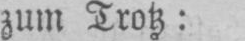
zum Trotz: